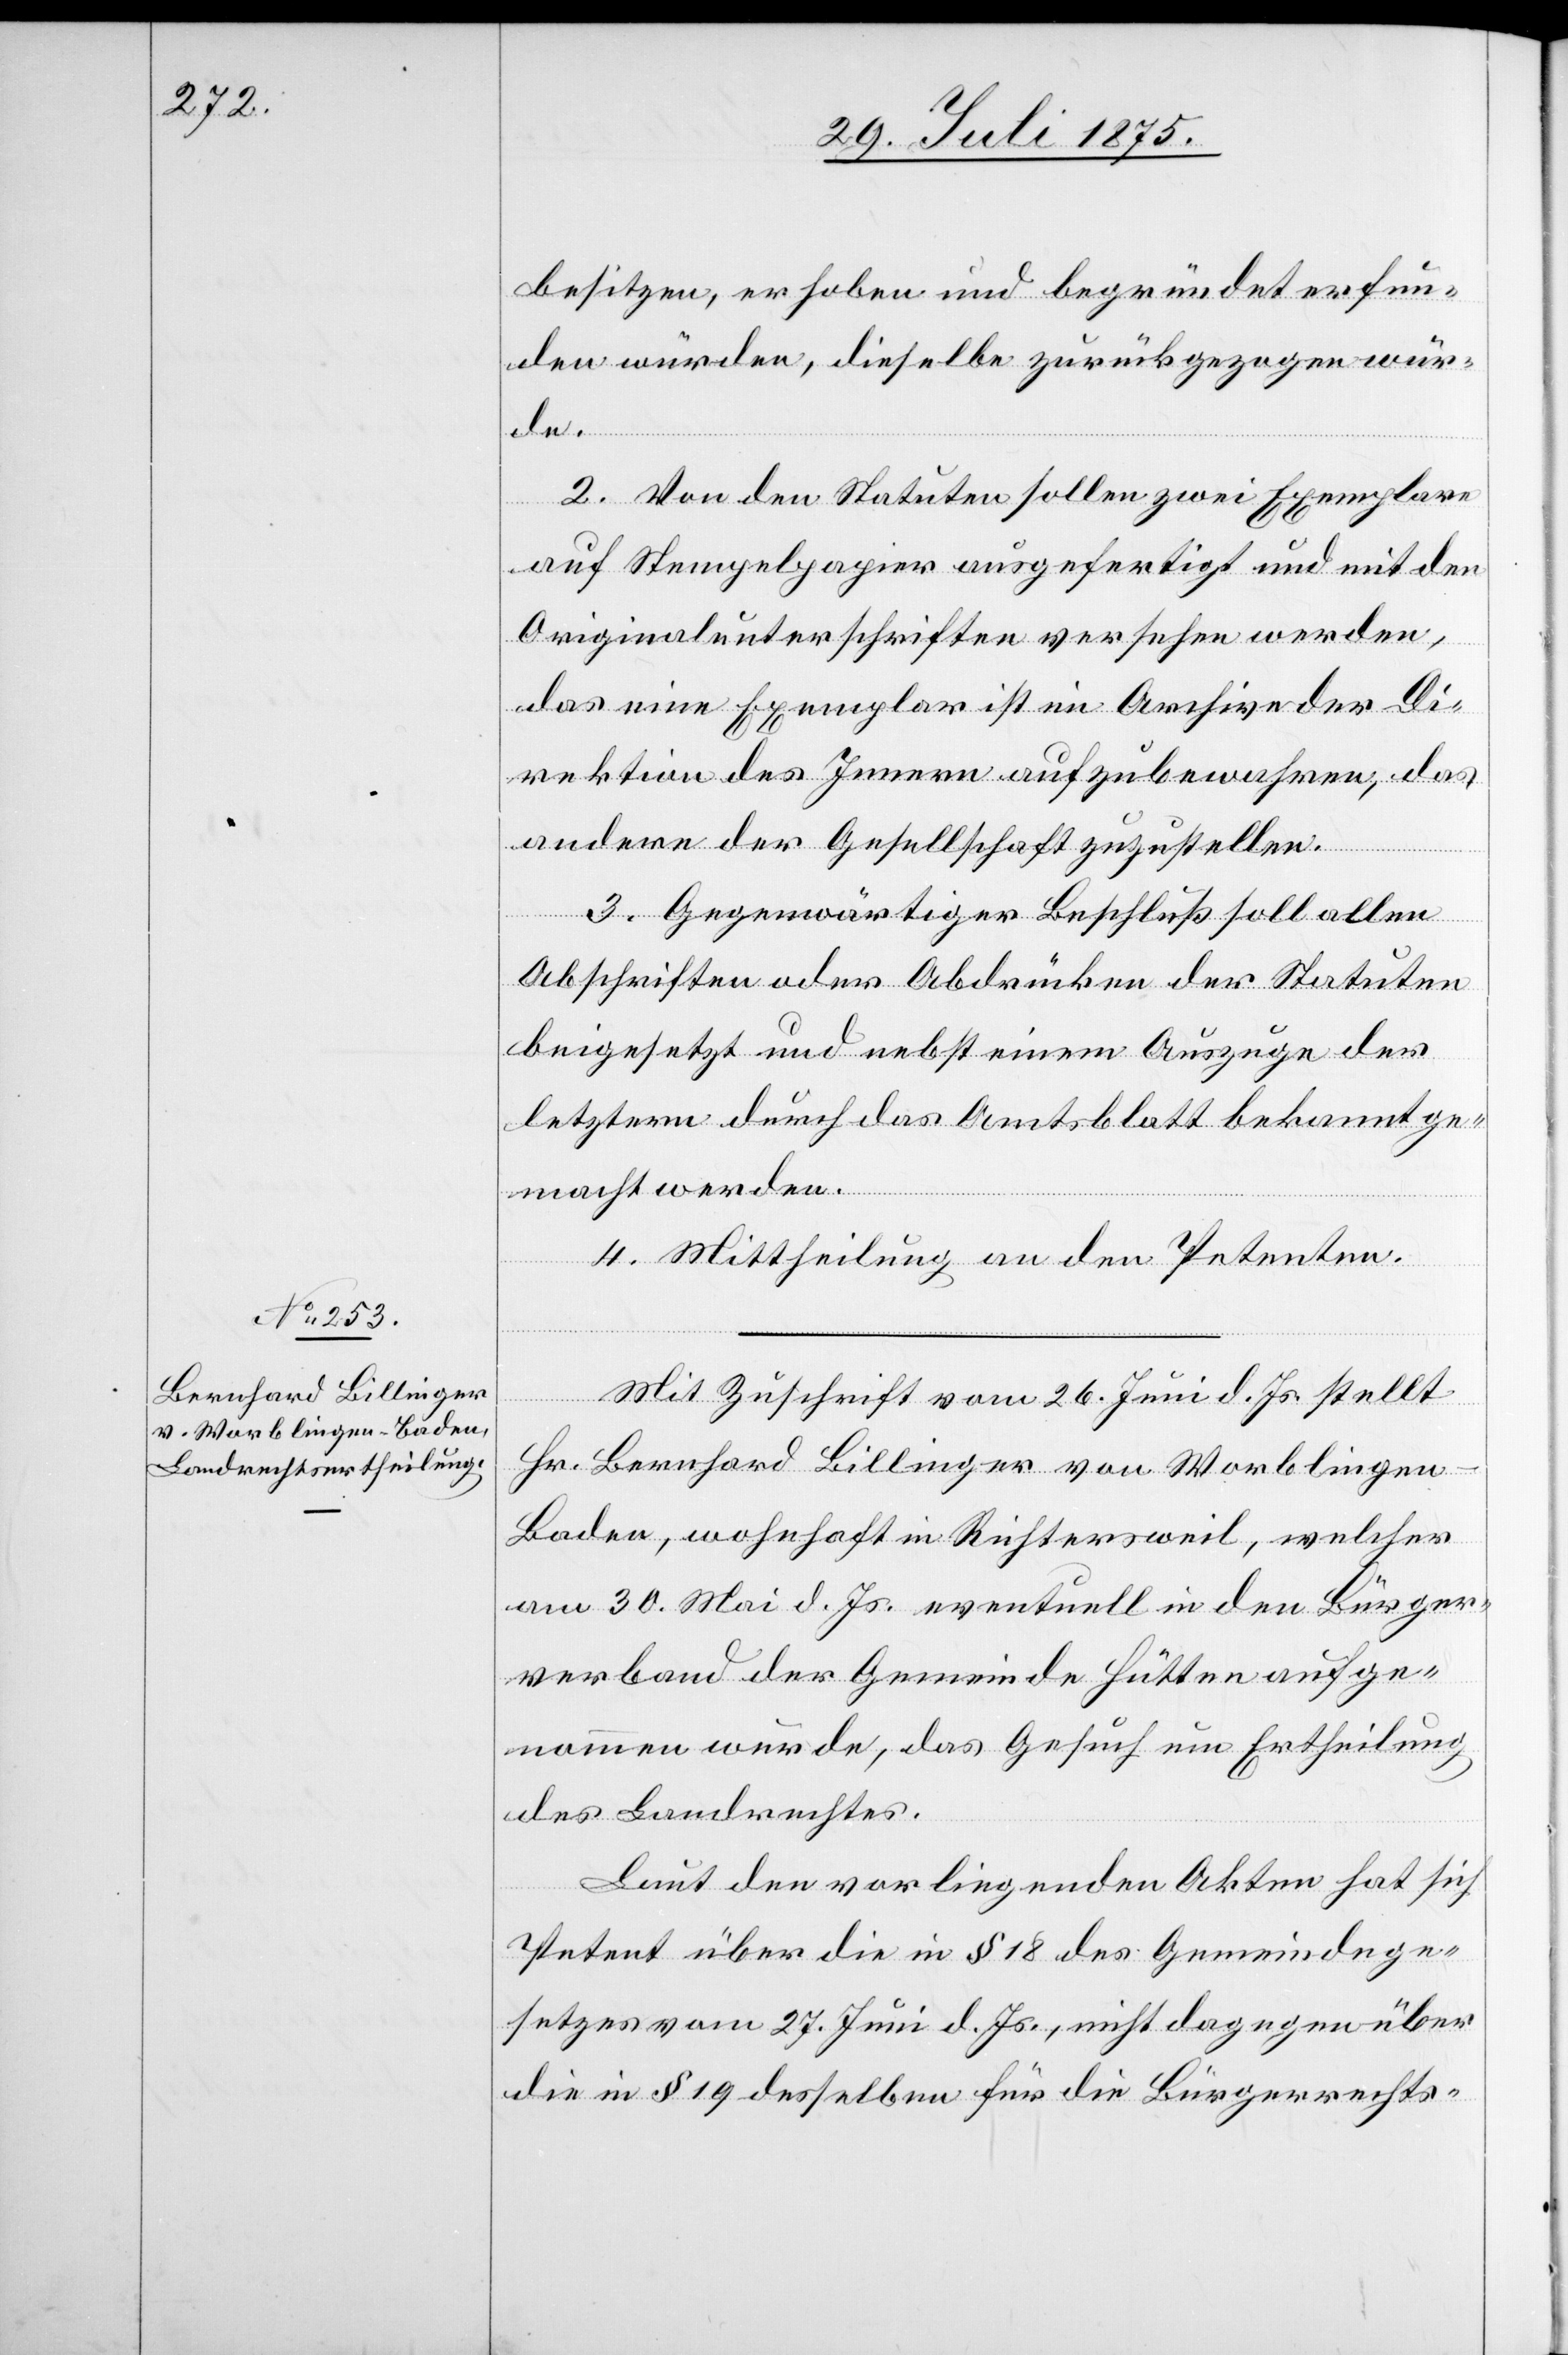
besitzen, erhoben und begründet erfun¬
den würden, dieselbe zurückgezogen wür¬
de.
2. Von den Statuten sollen zwei Exemplare
auf Stempelpapier ausgefertigt und mit den
Originalunterschriften versehen werden,
das eine Exemplar ist im Archive der Di¬
rektion des Innern aufzubewahren, das
andere der Gesellschaft zuzustellen.
3. Gegenwärtiger Beschluß soll allen
Abschriften oder Abdrücken der Statuten
beigesetzt und nebst einem Auszuge der
letztern durch das Amtsblatt bekannt ge¬
macht werden.
4. Mittheilung an den Petenten.
Mit Zuschrift vom 26. Juni d. Js. stellt
Hr. Bernhard Billinger von Worblingen
Baden, wohnhaft in Richtersweil, welcher
am 30. Mai d. Js. eventuell in den Bürger¬
verband der Gemeinde Hütten aufge¬
nommen wurde, das Gesuch um Ertheilung
des Landrechtes.
Laut den vorliegenden Akten hat sich
Petent über die im § 18 des Gemeindege¬
setzes vom 27. Juni d. Js., nicht dagegen über
die in § 19 desselben für die Bürgerrechts-